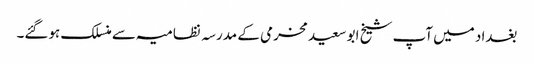
بغداد میں آپ شیخ ابو سعید مخرمی کے مدرسہ نظامیہ سے منسلک ہوگئے۔